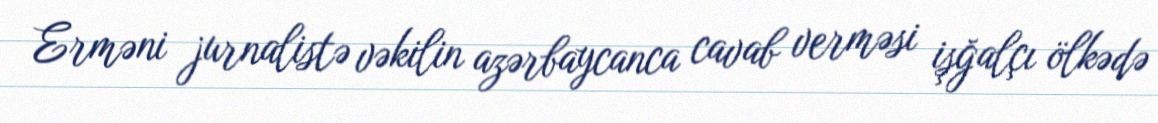
Erməni jurnalistə vəkilin azərbaycanca cavab verməsi işğalçı ölkədə